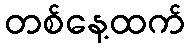
တစ်နေ့ထက်